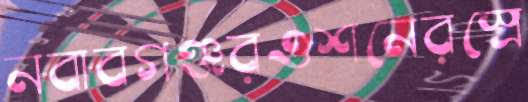
নবাবগঞ্জরওশনেরস্রে